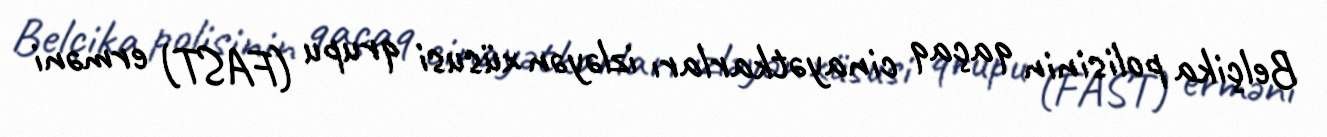
Belçika polisinin qaçaq cinayətkarları izləyən xüsusi qrupu (FAST) erməni